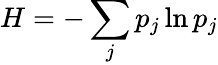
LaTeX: H=-\sum_{j}p_{j}\ln p_{j}